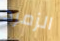
الزمرد